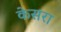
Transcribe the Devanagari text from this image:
केसरा